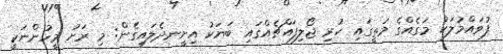
ފުވައްމުލަކު މަގެއްގެ މަތީގައި ހުރި ޖޯލިފައްޗެއްގައި ބަޔަކު އިށީނދެލައިގެން: މި ރަށު މީހުންނަކީ